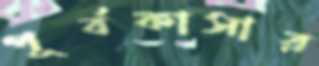
পূর্বকাসার